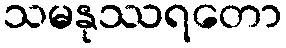
သမနုဿရတော